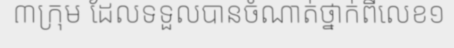
៣ក្រុម ដែលទទួលបានចំណាត់ថ្នាក់ពីលេខ១